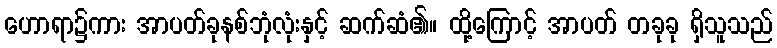
ဟောရာ၌ကား အာပတ်ခုနစ်ဘုံလုံးနှင့် ဆက်ဆံ၏။ ထို့ကြောင့် အာပတ် တခုခု ရှိသူသည်